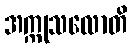
အက္ကုသလောတိ